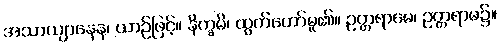
အသာယျာနေန၊ ယာဉ်ဖြင့်။ နိက္ခမိ၊ ထွက်တော်မူ၏။ ဥတ္တရာမေ၊ ဥတ္တရာမ၌။